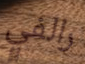
رالفي